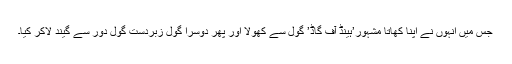
جس میں انہوں نے اپنا کھاتا مشہور’ہینڈ آف گاڈ’ گول سے کھولا اور پھر دوسرا گول زبردست گول دور سے گیند لاکر کیا۔